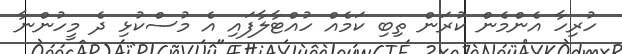
ހުރިހާ އެންމެން ކުރަން ތިބި ކަމެއް ހުއްޓާލާފައި އެ މުސްކުޅި ދެ މީހުންނާ